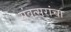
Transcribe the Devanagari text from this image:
संवत्सरांचा